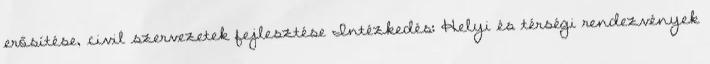
erősítése, civil szervezetek fejlesztése Intézkedés: Helyi és térségi rendezvények